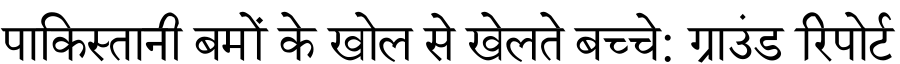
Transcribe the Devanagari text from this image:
पाकिस्तानी बमों के खोल से खेलते बच्चे: ग्राउंड रिपोर्ट